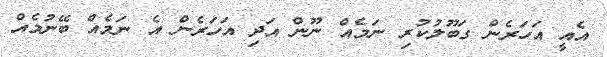
އެއީ އަހަރެން ގަބޫލުކުރި ނަމެއް ނޫން އަދި އަހަރެން އެ ނަމެއް ބޭނުމެއް